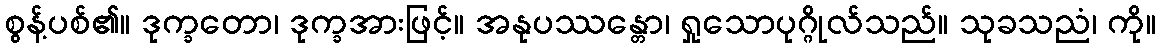
စွန့်ပစ်၏။ ဒုက္ခတော၊ ဒုက္ခအားဖြင့်။ အနုပဿန္တော၊ ရှုသောပုဂ္ဂိုလ်သည်။ သုခသညံ၊ ကို။